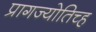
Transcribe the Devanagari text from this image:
प्रागज्योतिच्ह